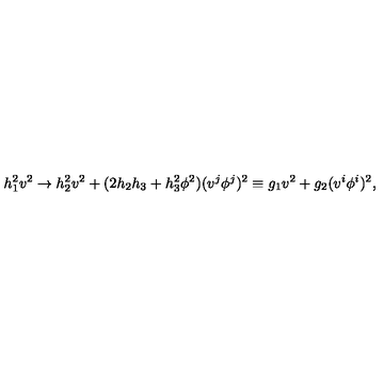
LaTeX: h _ { 1 } ^ { 2 } v ^ { 2 } \rightarrow h _ { 2 } ^ { 2 } v ^ { 2 } + ( 2 h _ { 2 } h _ { 3 } + h _ { 3 } ^ { 2 } \phi ^ { 2 } ) ( v ^ { j } \phi ^ { j } ) ^ { 2 } \equiv g _ { 1 } v ^ { 2 } + g _ { 2 } ( v ^ { i } \phi ^ { i } ) ^ { 2 } ,